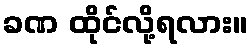
ခဏ ထိုင်လို့ရလား။